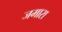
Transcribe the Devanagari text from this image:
जमारा